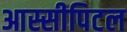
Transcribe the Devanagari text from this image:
आस्सीपिटल